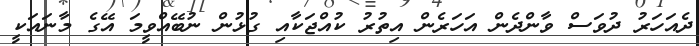
ދެއަހަރު ދުވަސް ވާންދެން އަހަރެން އިތުރު ކުއްޖަކާއި ގުޅުން ނުބޭއްވީމަ އޭގެ މާނައަކީ